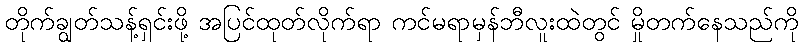
တိုက်ချွတ်သန့်ရှင်းဖို့ အပြင်ထုတ်လိုက်ရာ ကင်မရာမှန်ဘီလူးထဲတွင် မှိုတက်နေသည်ကို